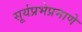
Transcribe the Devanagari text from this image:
सूर्यप्रभेप्रमाणे